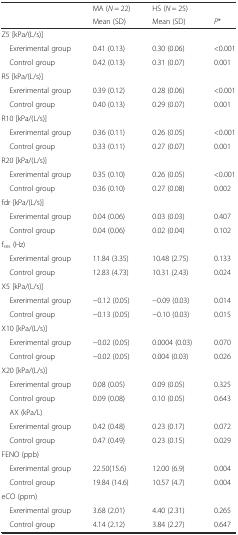
<table><thead><tr><td rowspan="2"></td><td><b>MA (<i>N</i> = 22)</b></td><td><b>HS (<i>N</i> = 25)</b></td><td></td></tr><tr><td><b>Mean (SD)</b></td><td><b>Mean (SD)</b></td><td><b><i>P</i>*</b></td></tr></thead><tbody><tr><td colspan="4">Z5 [kPa/(L/s)]</td></tr><tr><td> Exrerimental group</td><td>0.41 (0.13)</td><td>0.30 (0.06)</td><td>&lt;0.001</td></tr><tr><td> Control group</td><td>0.42 (0.13)</td><td>0.31 (0.07)</td><td>0.001</td></tr><tr><td colspan="4">R5 [kPa/(L/s)]</td></tr><tr><td> Exrerimental group</td><td>0.39 (0.12)</td><td>0.28 (0.06)</td><td>&lt;0.001</td></tr><tr><td> Control group</td><td>0.40 (0.13)</td><td>0.29 (0.07)</td><td>0.001</td></tr><tr><td colspan="4">R10 [kPa/(L/s)]</td></tr><tr><td> Exrerimental group</td><td>0.36 (0.11)</td><td>0.26 (0.05)</td><td>&lt;0.001</td></tr><tr><td> Control group</td><td>0.33 (0.11)</td><td>0.27 (0.07)</td><td>0.001</td></tr><tr><td colspan="4">R20 [kPa/(L/s)]</td></tr><tr><td> Exrerimental group</td><td>0.35 (0.10)</td><td>0.26 (0.05)</td><td>&lt;0.001</td></tr><tr><td> Control group</td><td>0.36 (0.10)</td><td>0.27 (0.08)</td><td>0.002</td></tr><tr><td colspan="4">fdr [kPa/(L/s)]</td></tr><tr><td> Exrerimental group</td><td>0.04 (0.06)</td><td>0.03 (0.03)</td><td>0.407</td></tr><tr><td> Control group</td><td>0.04 (0.06)</td><td>0.02 (0.04)</td><td>0.102</td></tr><tr><td colspan="4">f<sub>res</sub> (Hz)</td></tr><tr><td> Exrerimental group</td><td>11.84 (3.35)</td><td>10.48 (2.75)</td><td>0.133</td></tr><tr><td> Control group</td><td>12.83 (4.73)</td><td>10.31 (2.43)</td><td>0.024</td></tr><tr><td colspan="4">X5 [kPa/(L/s)]</td></tr><tr><td> Exrerimental group</td><td>−0.12 (0.05)</td><td>−0.09 (0.03)</td><td>0.014</td></tr><tr><td> Control group</td><td>−0.13 (0.05)</td><td>−0.10 (0.03)</td><td>0.015</td></tr><tr><td colspan="4">X10 [kPa/(L/s)]</td></tr><tr><td> Exrerimental group</td><td>−0.02 (0.05)</td><td>0.0004 (0.03)</td><td>0.070</td></tr><tr><td> Control group</td><td>−0.02 (0.05)</td><td>0.004 (0.03)</td><td>0.026</td></tr><tr><td colspan="4">X20 [kPa/(L/s)]</td></tr><tr><td> Exrerimental group</td><td>0.08 (0.05)</td><td>0.09 (0.05)</td><td>0.325</td></tr><tr><td> Control group</td><td>0.09 (0.08)</td><td>0.10 (0.05)</td><td>0.643</td></tr><tr><td colspan="4"> AX (kPa/L)</td></tr><tr><td> Exrerimental group</td><td>0.42 (0.48)</td><td>0.23 (0.17)</td><td>0.072</td></tr><tr><td> Control group</td><td>0.47 (0.49)</td><td>0.23 (0.15)</td><td>0.029</td></tr><tr><td colspan="4">FENO (ppb)</td></tr><tr><td> Exrerimental group</td><td>22.50(15.6)</td><td>12.00 (6.9)</td><td>0.004</td></tr><tr><td> Control group</td><td>19.84 (14.6)</td><td>10.57 (4.7)</td><td>0.004</td></tr><tr><td colspan="4">eCO (ppm)</td></tr><tr><td> Exrerimental group</td><td>3.68 (2.01)</td><td>4.40 (2.31)</td><td>0.265</td></tr><tr><td> Control group</td><td>4.14 (2.12)</td><td>3.84 (2.27)</td><td>0.647</td></tr></tbody></table>